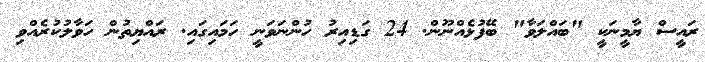
ރައީސް ޔާމީނަކީ "ބައްލަވާ" ބޭފުޅެއްނޫން. 24 ގަޑިއިރު ހުންނަވަނީ ހަމައިގައި. ރައްޔިތުން ހަވާލުކުރެއްވި